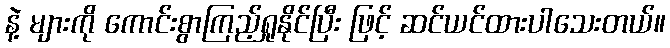
နဲ့ များကို ကောင်းစွာကြည့်ရှုနိုင်ပြီး ဖြင့် ဆင်ယင်ထားပါသေးတယ်။